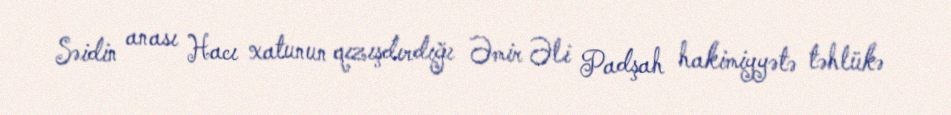
Səidin anası Hacı xatunun qızışdırdığı Əmir Əli Padşah hakimiyyətə təhlükə